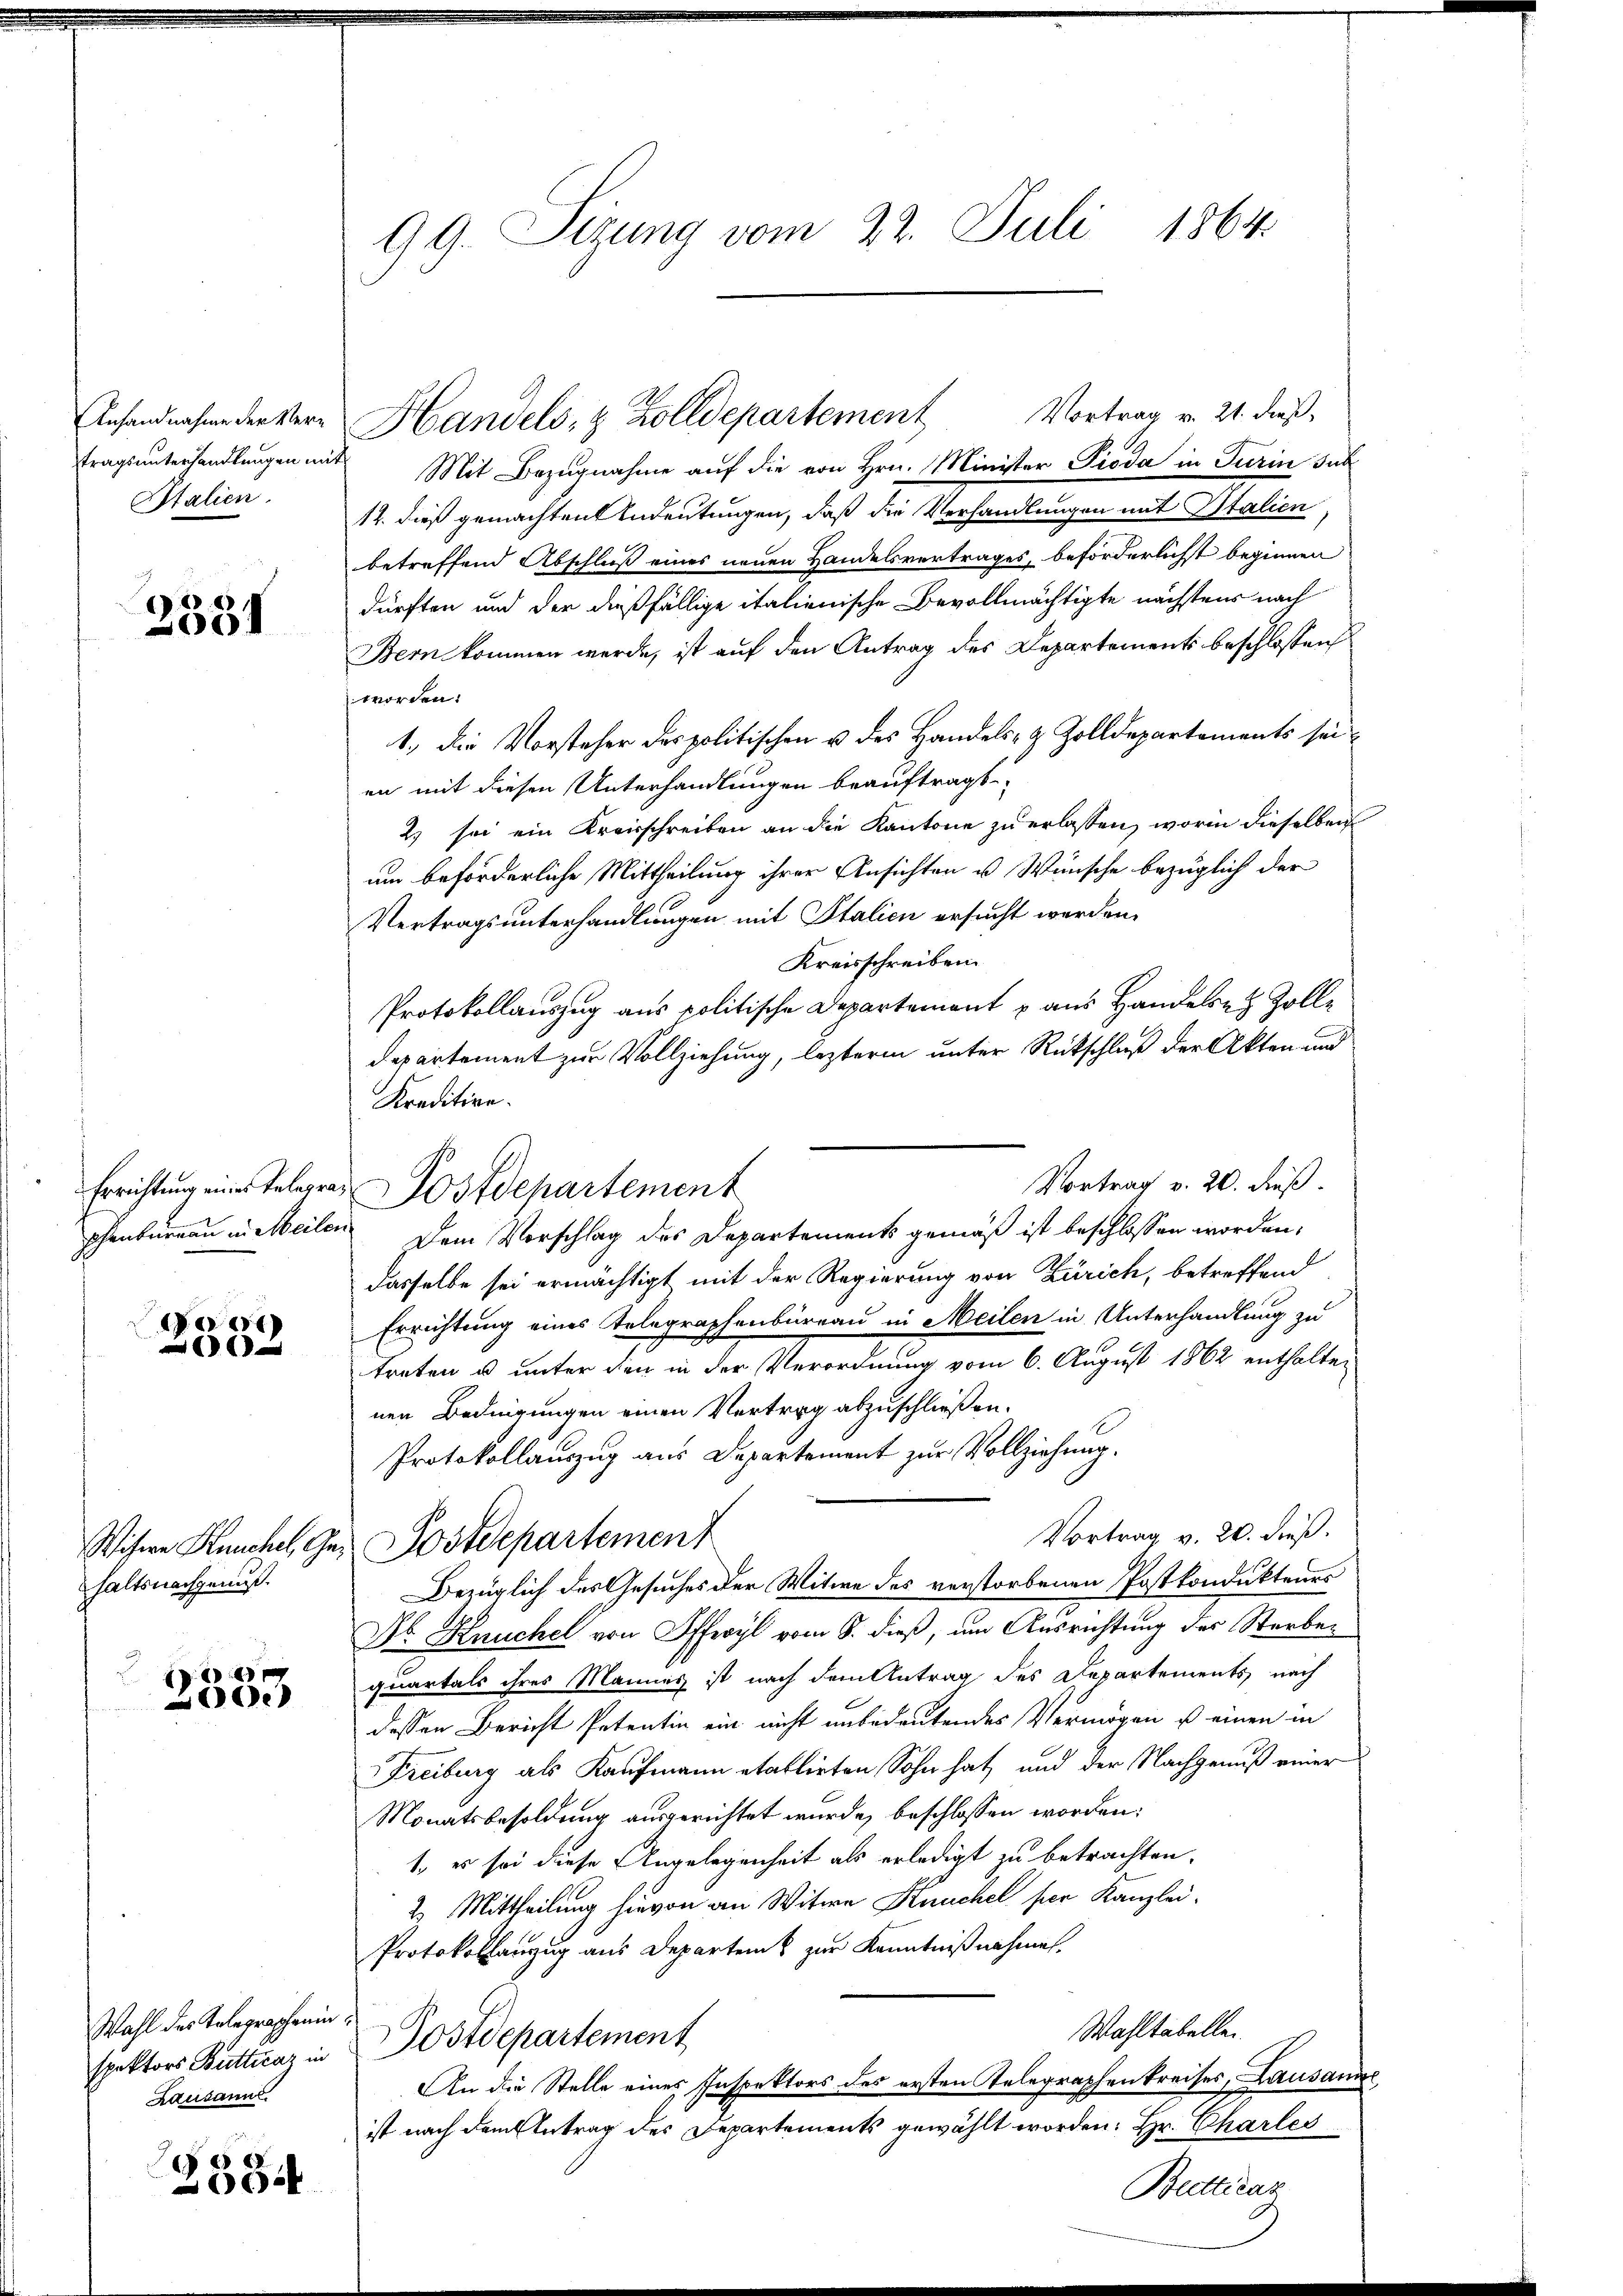
SItalien.

2331

e

haltsnachgenuß.

1
e

Wahl des Telegraphenin¬
Kausann

2334

99. Sizung vom 22. Juli 1864.

Vortrag v. 21. dieß,
tragsunterhandlungen mit Mit Bezugnahme auf die von Hrn. Minister Pioda in Turin sub
12. dieß gemachten Andeutungen, daß die Verhandlungen mit Italien
betreffend Abschluß eines neuen Handelsvertrages, beförderlichst beginnen
dürften und der dießfällige italienische Bevollmächtigte nächstens nach
Bern kommen werde, ist auf den Antrag des Departements beschlossen
 worden.
1.) Die Vorsteher des politischen u des Handels- & Zolldepartements sei
en mit diesen Unterhandlungen beauftragt.
2) sei ein Kreisschreiben an die Kantone zu erlassen, worin dieselben
um beförderliche Mittheilung ihrer Ansichten u. Wünsche bezüglich der
Vertragsunterhandlungen mit Italien ersucht werden.
Kreisschreiben.
Protokollauszug aus politische Departement aus Handelsen Zolle
departement zur Vollziehung, lezterm unter Rückschluß der Akten und
Kreditire.
phenbureau in Meilen. Dem Vorschlag des Departements gemäß ist beschlossen worden,
dasselbe sei ermächtigt mit der Regierung von Zürich, betreffend
Errichtung eines Telegraphenbüreau in Meilen in Unterhandlung zu
treten u. unter den in der Verordnung vom 6. August 1862 enthalten
nen Bedingungen einen Vertrag abzuschließen.
Protokollauszug aus Departement zur Vollziehung.
Vortrag v. 26. dieß.
Wisere Keuchel, Ges. Postdepartement
Bezüglich des Gesuches der Witwe des verstorbenen Postkondukteurs
Dr. Knuchel von Offeryl vom 8. dieß, um Ausrichtung der Sterbequartals ihres Mannes ist nach dem Antrag des Departements nach
dessen Bericht Petentin ein nicht unbedeutendes Vermögen u einen in
Freiburg als Kaufmann etablirten Sohn hat und der Nachgenuß einer
Monatsbesoldung ausgerichtet wurde, beschlossen worden:
1., es sei diese Angelegenheit als erledigt zu betrachten.
2. Mittheilung hievon an Witwe Kuchel per Kanzlei.
Protokollanzug aus Departem zur Kenntnißnahmen.
Wahltabelle
spektors Butterar in Postdepartement
An die Stelle eines Inspektors des ersten Telegraphenkreises, Lausanne
ist nach dem Antrag des Departements gewählt worden: Hr. Charles
Beotticaz

Anhandnahen der Ver-Handels- & Zolldepartement

Vortrag v. 20. dieß.
Errichtung eines Telegra Postdepartement